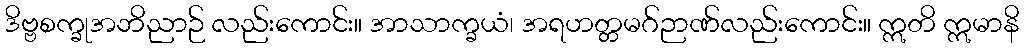
ဒိဗ္ဗစက္ခုအဘိညာဉ် လည်းကောင်း။ အာသာက္ခယံ၊ အရဟတ္တမဂ်ဉာဏ်လည်းကောင်း။ ဣတိ ဣမာနိ